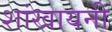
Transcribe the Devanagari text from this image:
शांखायनी